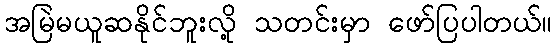
အမြဲမယူဆနိုင်ဘူးလို့ သတင်းမှာ ဖော်ပြပါတယ်။